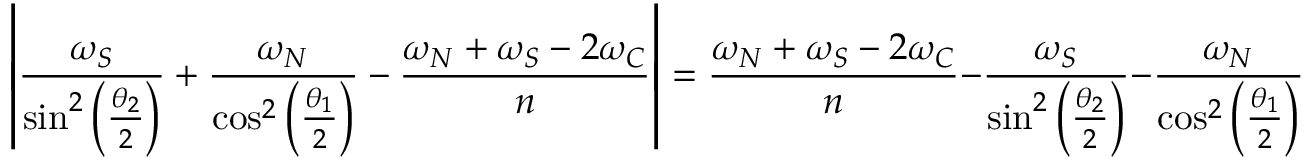
\left| \frac { \omega _ { S } } { \sin ^ { 2 } \left( \frac { \theta _ { 2 } } { 2 } \right) } + \frac { \omega _ { N } } { \cos ^ { 2 } \left( \frac { \theta _ { 1 } } { 2 } \right) } - \frac { \omega _ { N } + \omega _ { S } - 2 \omega _ { C } } { n } \right| = \frac { \omega _ { N } + \omega _ { S } - 2 \omega _ { C } } { n } - \frac { \omega _ { S } } { \sin ^ { 2 } \left( \frac { \theta _ { 2 } } { 2 } \right) } - \frac { \omega _ { N } } { \cos ^ { 2 } \left( \frac { \theta _ { 1 } } { 2 } \right) }